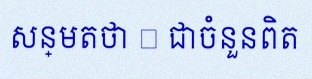
សន្មតថា x ជាចំនួនពិត